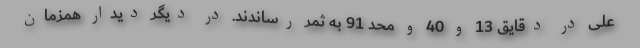
علی در دقایق 13 و 40 و محد 91 به ثمر رساندند. در دیگر دیدار همزمان